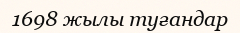
1698 жылы туғандар